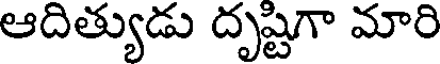
ఆదిత్యుడు దృష్టిగా మారి